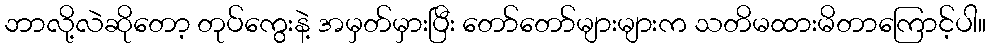
ဘာလို့လဲဆိုတော့ တုပ်ကွေးနဲ့ အမှတ်မှားပြီး တော်တော်များများက သတိမထားမိတာကြောင့်ပါ။